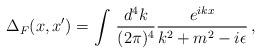
LaTeX: \begin{align*}\Delta_F(x,x') = \int\,{d^4k\over (2\pi)^4}{e^{ikx}\over k^2 + m^2 -i\epsilon }\,,\end{align*}